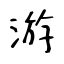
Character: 游